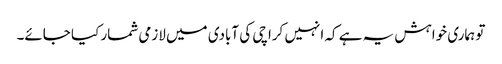
تو ہماری خواہش یہ ہے کہ انہیں کراچی کی آبادی میں لازمی شمار کیا جائے۔